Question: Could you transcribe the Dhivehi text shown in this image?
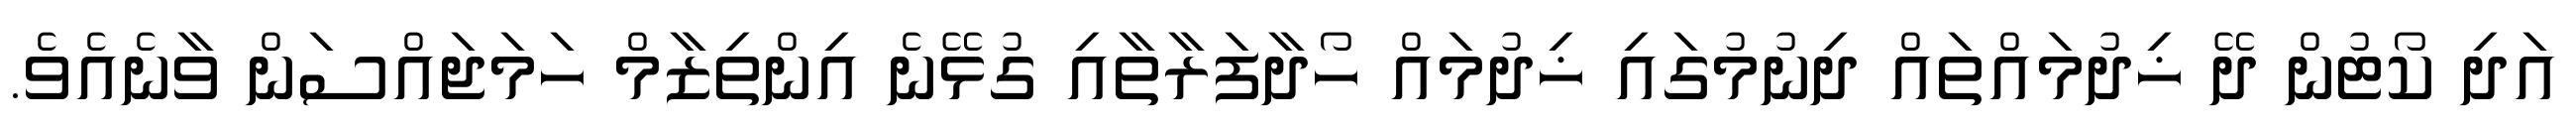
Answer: އަދި ކޯޓުން ދޭ ޚިދުމައްތައް ދިނުމުގައި ޚިދުމައް ހޯދާފަރާތާއި ގުޅޭނެ އިންތިޒާމް ހަމަޖައްސަން ވާނެއެވެ.